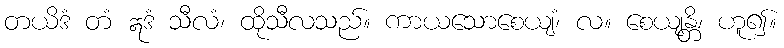
တယိဒံ တံ ဣဒံ သီလံ၊ ထိုသီလသည်။ ကာယသောစေယျံ၊ လ။ စေယျန္တိ၊ ဟူ၍။